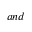
a n d